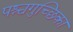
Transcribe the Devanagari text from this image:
पश्चगुच्छिका